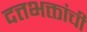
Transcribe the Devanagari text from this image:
दत्तभक्तांची